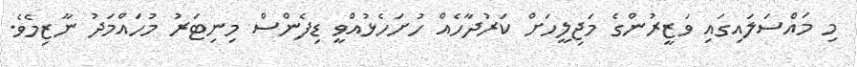
މި މައްސަލައިގައި ވަޒީރުންގެ މަޖިލީހަށް ކަރުދާހެއް ހުށަހެޅުއްވީ ޑިފެންސް މިނިޓަރު މުހައްމަދު ނާޒިމެވެ.